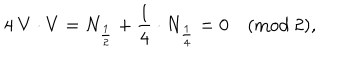
4 \ V \cdot V = N _ { { \frac { 1 } { 2 } } } + { \frac { 1 } { 4 } } \cdot N _ { \frac { 1 } { 4 } } = 0 \quad ( \mathrm { m o d } \ 2 ) ,